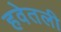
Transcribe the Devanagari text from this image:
हवेतली